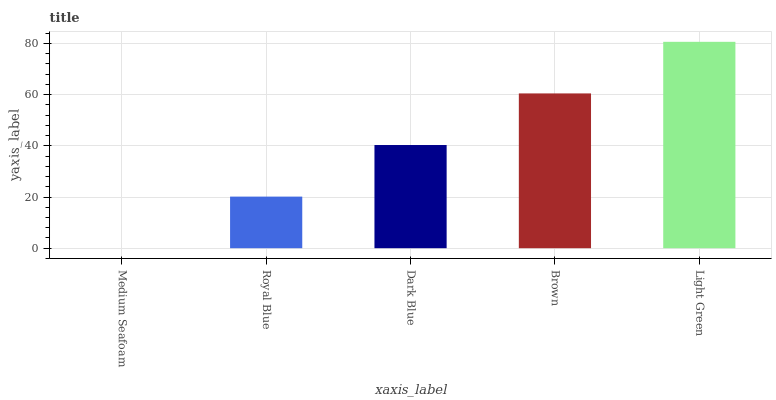
| xaxis_label | bars |
 | --- | --- |
 | Medium Seafoam | 0 |
 | Royal Blue | 20.2 |
 | Dark Blue | 40.3 |
 | Brown | 60.5 |
 | Light Green | 80.6 |